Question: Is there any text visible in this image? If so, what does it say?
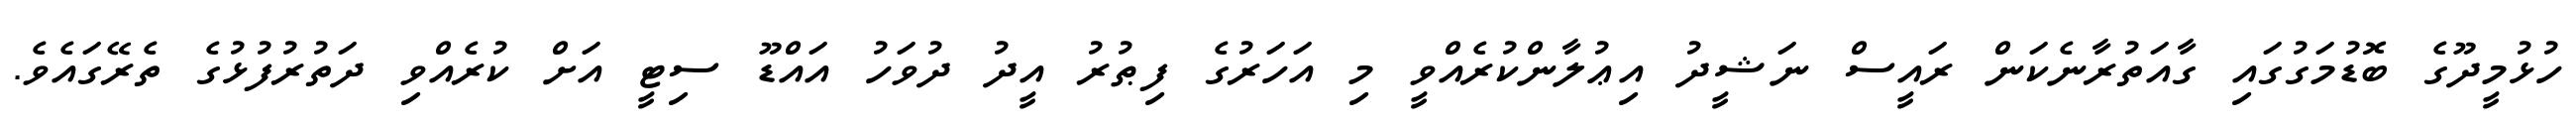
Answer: ހުޅުމީދޫގެ ބޮޑުމަގުގައި ގާއަތުރާނެކަން ރައީސް ނަޝީދު އިޢުލާންކުރެއްވީ މި އަހަރުގެ ފިޠުރު އީދު ދުވަހު އައްޑޫ ސިޓީ އަށް ކުރެއްވި ދަތުރުފުޅުގެ ތެރޭގައެވެ.